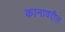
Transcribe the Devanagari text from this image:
कानावरील